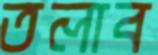
তলাব